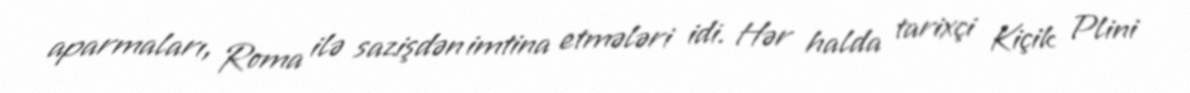
aparmaları, Roma ilə sazişdən imtina etmələri idi. Hər halda tarixçi Kiçik Plini